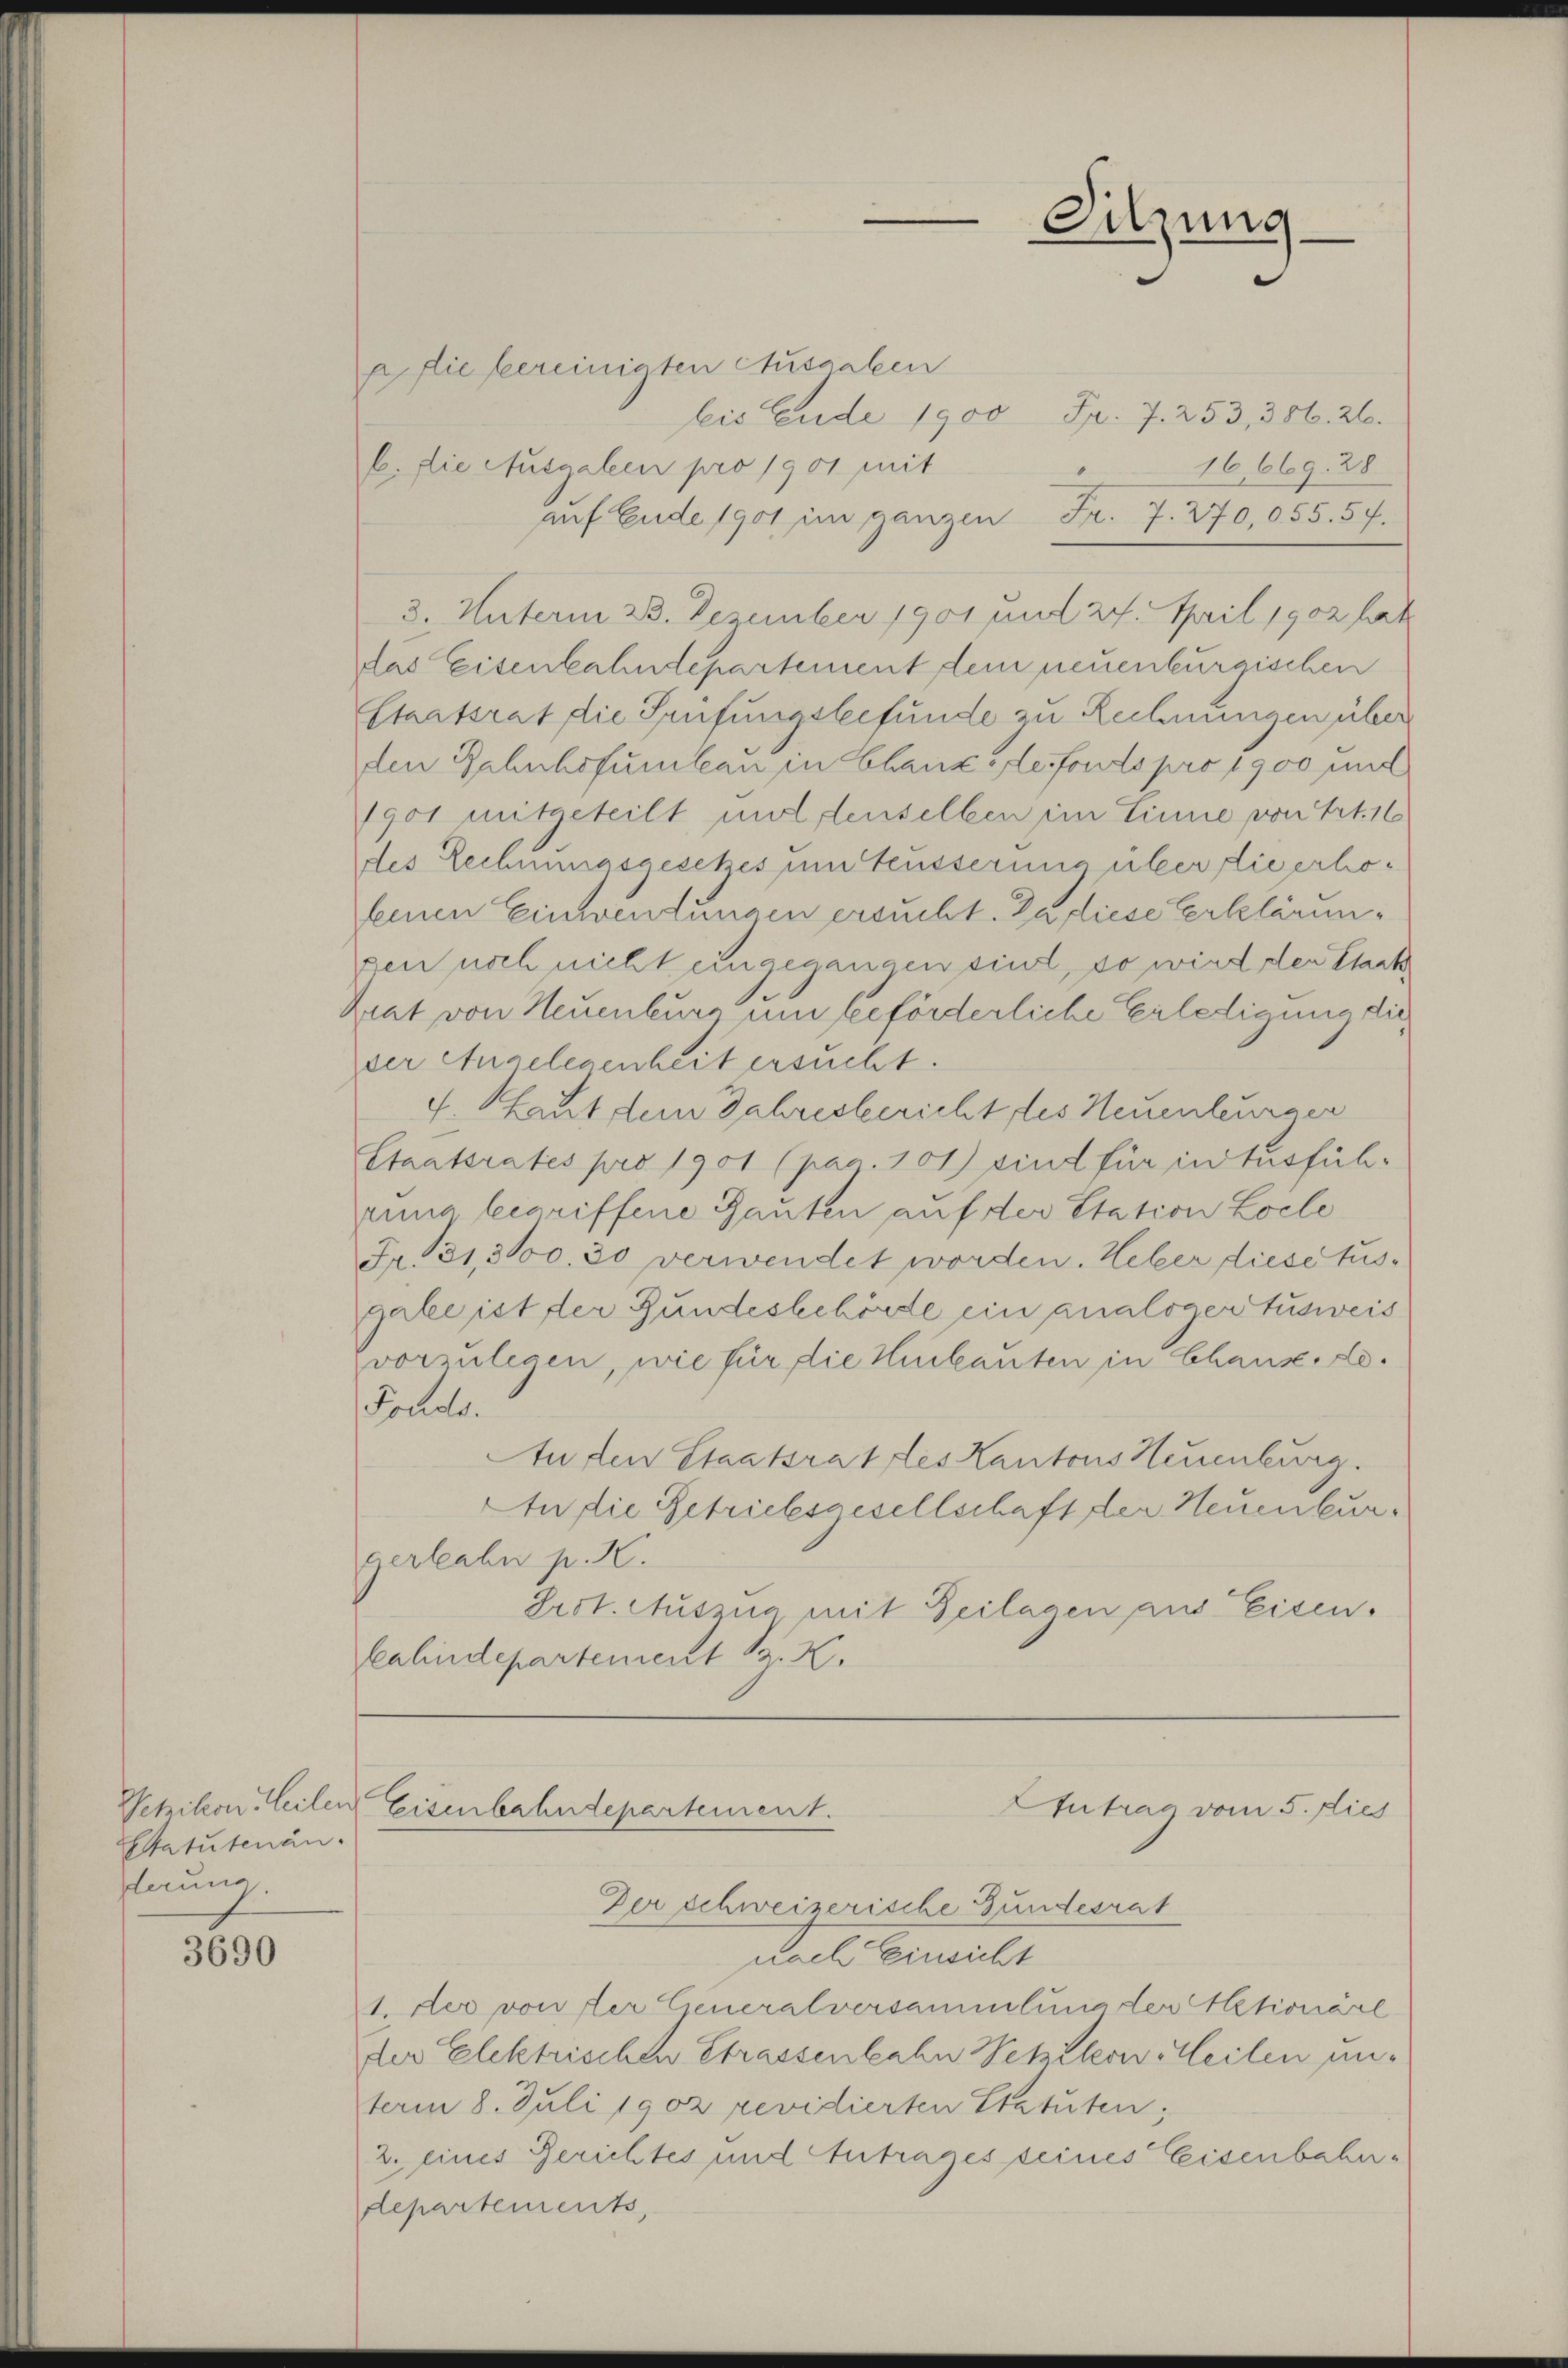
Wetzikon, Teilen
Statutenän.
derung

3690

p die bereinigten Ausgaben
bis Ende 1900 Fr. 7. 253, 386. 26.
b. die Ausgaben pro 1901 mit
16,669. 28
auf Ende 1901 im ganzen Fr. 7. 270,055. 57.
3. Unterm 28. Dezember 1901 und 27. April 1902 hat
das Eisenbahndepartement dein neuenburgischen
staatsrat die Prüfungsbefunde zu Rechnungen über
den Bahnhofumten in Chaux-defonds pro 1900 und
1901 mitgeteilt und denselben im Linne von Art. 16
des Rechnungsgesetzes um Aeusserung über dieerhofenen Einwendungen ersucht. Da diese Erklärungen noch nicht eingegangen sind, so wird der Stack¬
Zuat von Neuenburg und beförderliche Erledigung die
der Angelegenheit ersucht.
4. Phant dem Jahresbericht des Neuenteurger
Staatsrates pro 1901 (pag. 101) sind für in Ausführ
rina begriffene Gauten auf der Station Loche
Fr. 31,300. 30 verwendet worden. Weber diese Ausgabe ist der Bundesbehörde ein analogertusweis
Zvorzulegen, wie für die Hilauten in Chause.
Forels.
Au den Staatsrat des Kantons Neuenburg.
An die Betriebesgesellschaft der Neuenburgerbahn p. 20.
Prot. Auszug mit Beilagen aus Eisen.
Eeahndepartement B. H.

Antrag vom 5. dies
Eisenbahndepartement.
Der schweizerische Bundesrat
nach Einsicht

1. der von der Generalversammlung der Aktionärl
der Elektrischen Strassenbahn Wehrleon Meilen unterm 8. Juli 1902 revidierten Statuten;
2. eines Gerichtes und Antrages seines Eisenbeherdepartements,

Sitzung